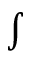
\textstyle \int